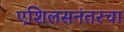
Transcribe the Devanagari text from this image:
एशिलसनंतरचा